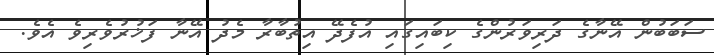
ސަބަބުން އޭނާގެ ދަރިވަރުންގެ ކިބައިގައި އުފެދޭ އިތުބާރާ މެދު އޭނާ ފަޚުރުވެރިވެ އެވެ.